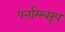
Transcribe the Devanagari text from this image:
पर्नाम्स्वरूप